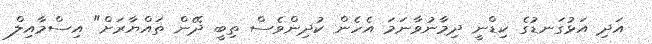
އަދި އަޅުގަނޑުގެ ކިޑްނީ ދިމާނުވާނަމަ އެހެން ކުދިންވެސް ތިބީ ދޭން ތައްޔާރަށް" އިސްމާއިލް